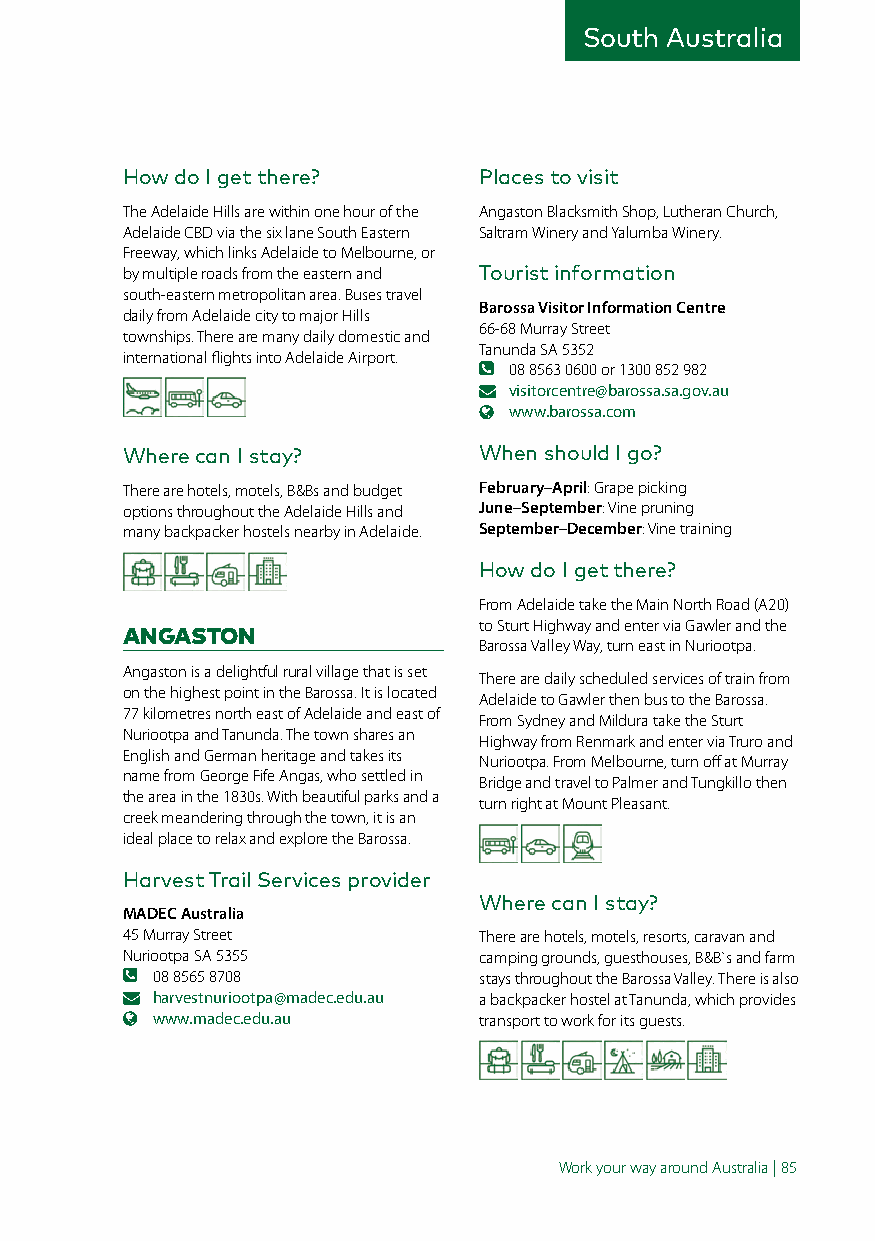
South Australia
 How do I get there?     Places to visit
 The Adelaide Hills are within one hour of the Angaston Blacksmith Shop, Lutheran Church,
 Adelaide CBD via the six lane South Eastern Saltram Winery and Yalumba Winery.
 Freeway, which links Adelaide to Melbourne, or
 by multiple roads from the eastern and Tourist information
 south-eastern metropolitan area. Buses travel
 Barossa Visitor Information Centre
 daily from Adelaide city to major Hills
 66-68 Murray Street
 townships. There are many daily domestic and
 Tanunda SA 5352
 international flights into Adelaide Airport.
 08 8563 0600 or 1300 852 982
 visitorcentre@barossa.sa.gov.au
 www.barossa.com
 Where can I stay?       When should I go?
 There are hotels, motels, B&Bs and budget February–April: Grape picking
 options throughout the Adelaide Hills and June–September: Vine pruning
 many backpacker hostels nearby in Adelaide. September–December: Vine training
 How do I get there?
 From Adelaide take the Main North Road (A20)
 to Sturt Highway and enter via Gawler and the
 ANGASTON
 Barossa Valley Way, turn east in Nuriootpa.
 Angaston is a delightful rural village that is set
 There are daily scheduled services of train from
 on the highest point in the Barossa. It is located
 Adelaide to Gawler then bus to the Barossa.
 77 kilometres north east of Adelaide and east of
 From Sydney and Mildura take the Sturt
 Nuriootpa and Tanunda. The town shares an
 Highway from Renmark and enter via Truro and
 English and German heritage and takes its
 Nuriootpa. From Melbourne, turn off at Murray
 name from George Fife Angas, who settled in
 Bridge and travel to Palmer and Tungkillo then
 the area in the 1830s. With beautiful parks and a
 turn right at Mount Pleasant.
 creek meandering through the town, it is an
 ideal place to relax and explore the Barossa.
 Harvest Trail Services provider
 Where can I stay?
 MADEC Australia
 45 Murray Street        There are hotels, motels, resorts, caravan and
 Nuriootpa SA 5355       camping grounds, guesthouses, B&B`s and farm
 08 8565 8708          stays throughout the Barossa Valley. There is also
 harvestnuriootpa@madec.edu.au a backpacker hostel at Tanunda, which provides
 www.madec.edu.au      transport to work for its guests.
 Work your way around Australia | 85